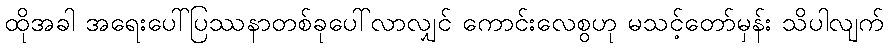
ထိုအခါ အရေးပေါ်ပြဿနာတစ်ခုပေါ်လာလျှင် ကောင်းလေစွဟု မသင့်တော်မှန်း သိပါလျက်